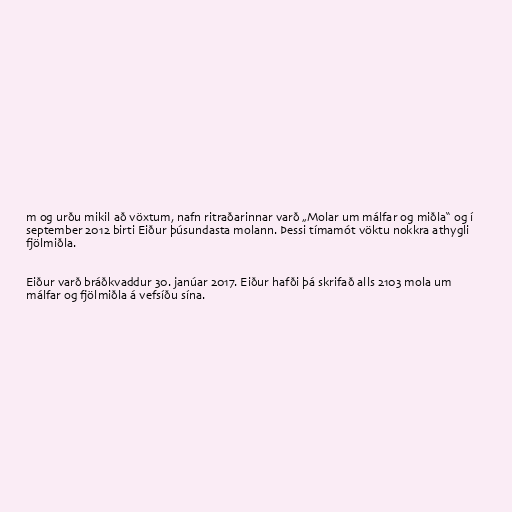
m og urðu mikil að vöxtum, nafn ritraðarinnar varð „Molar um málfar og miðla“ og í
september 2012 birti Eiður þúsundasta molann. Þessi tímamót vöktu nokkra athygli
fjölmiðla.

Eiður varð bráðkvaddur 30. janúar 2017. Eiður hafði þá skrifað alls 2103 mola um
málfar og fjölmiðla á vefsíðu sína.